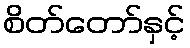
စိတ်တော်နှင့်